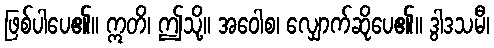
ဖြစ်ပါပေ၏။ ဣတိ၊ ဤသို့။ အဝေါစ၊ လျှောက်ဆိုပေ၏။ ဒွါဒသမီ၊